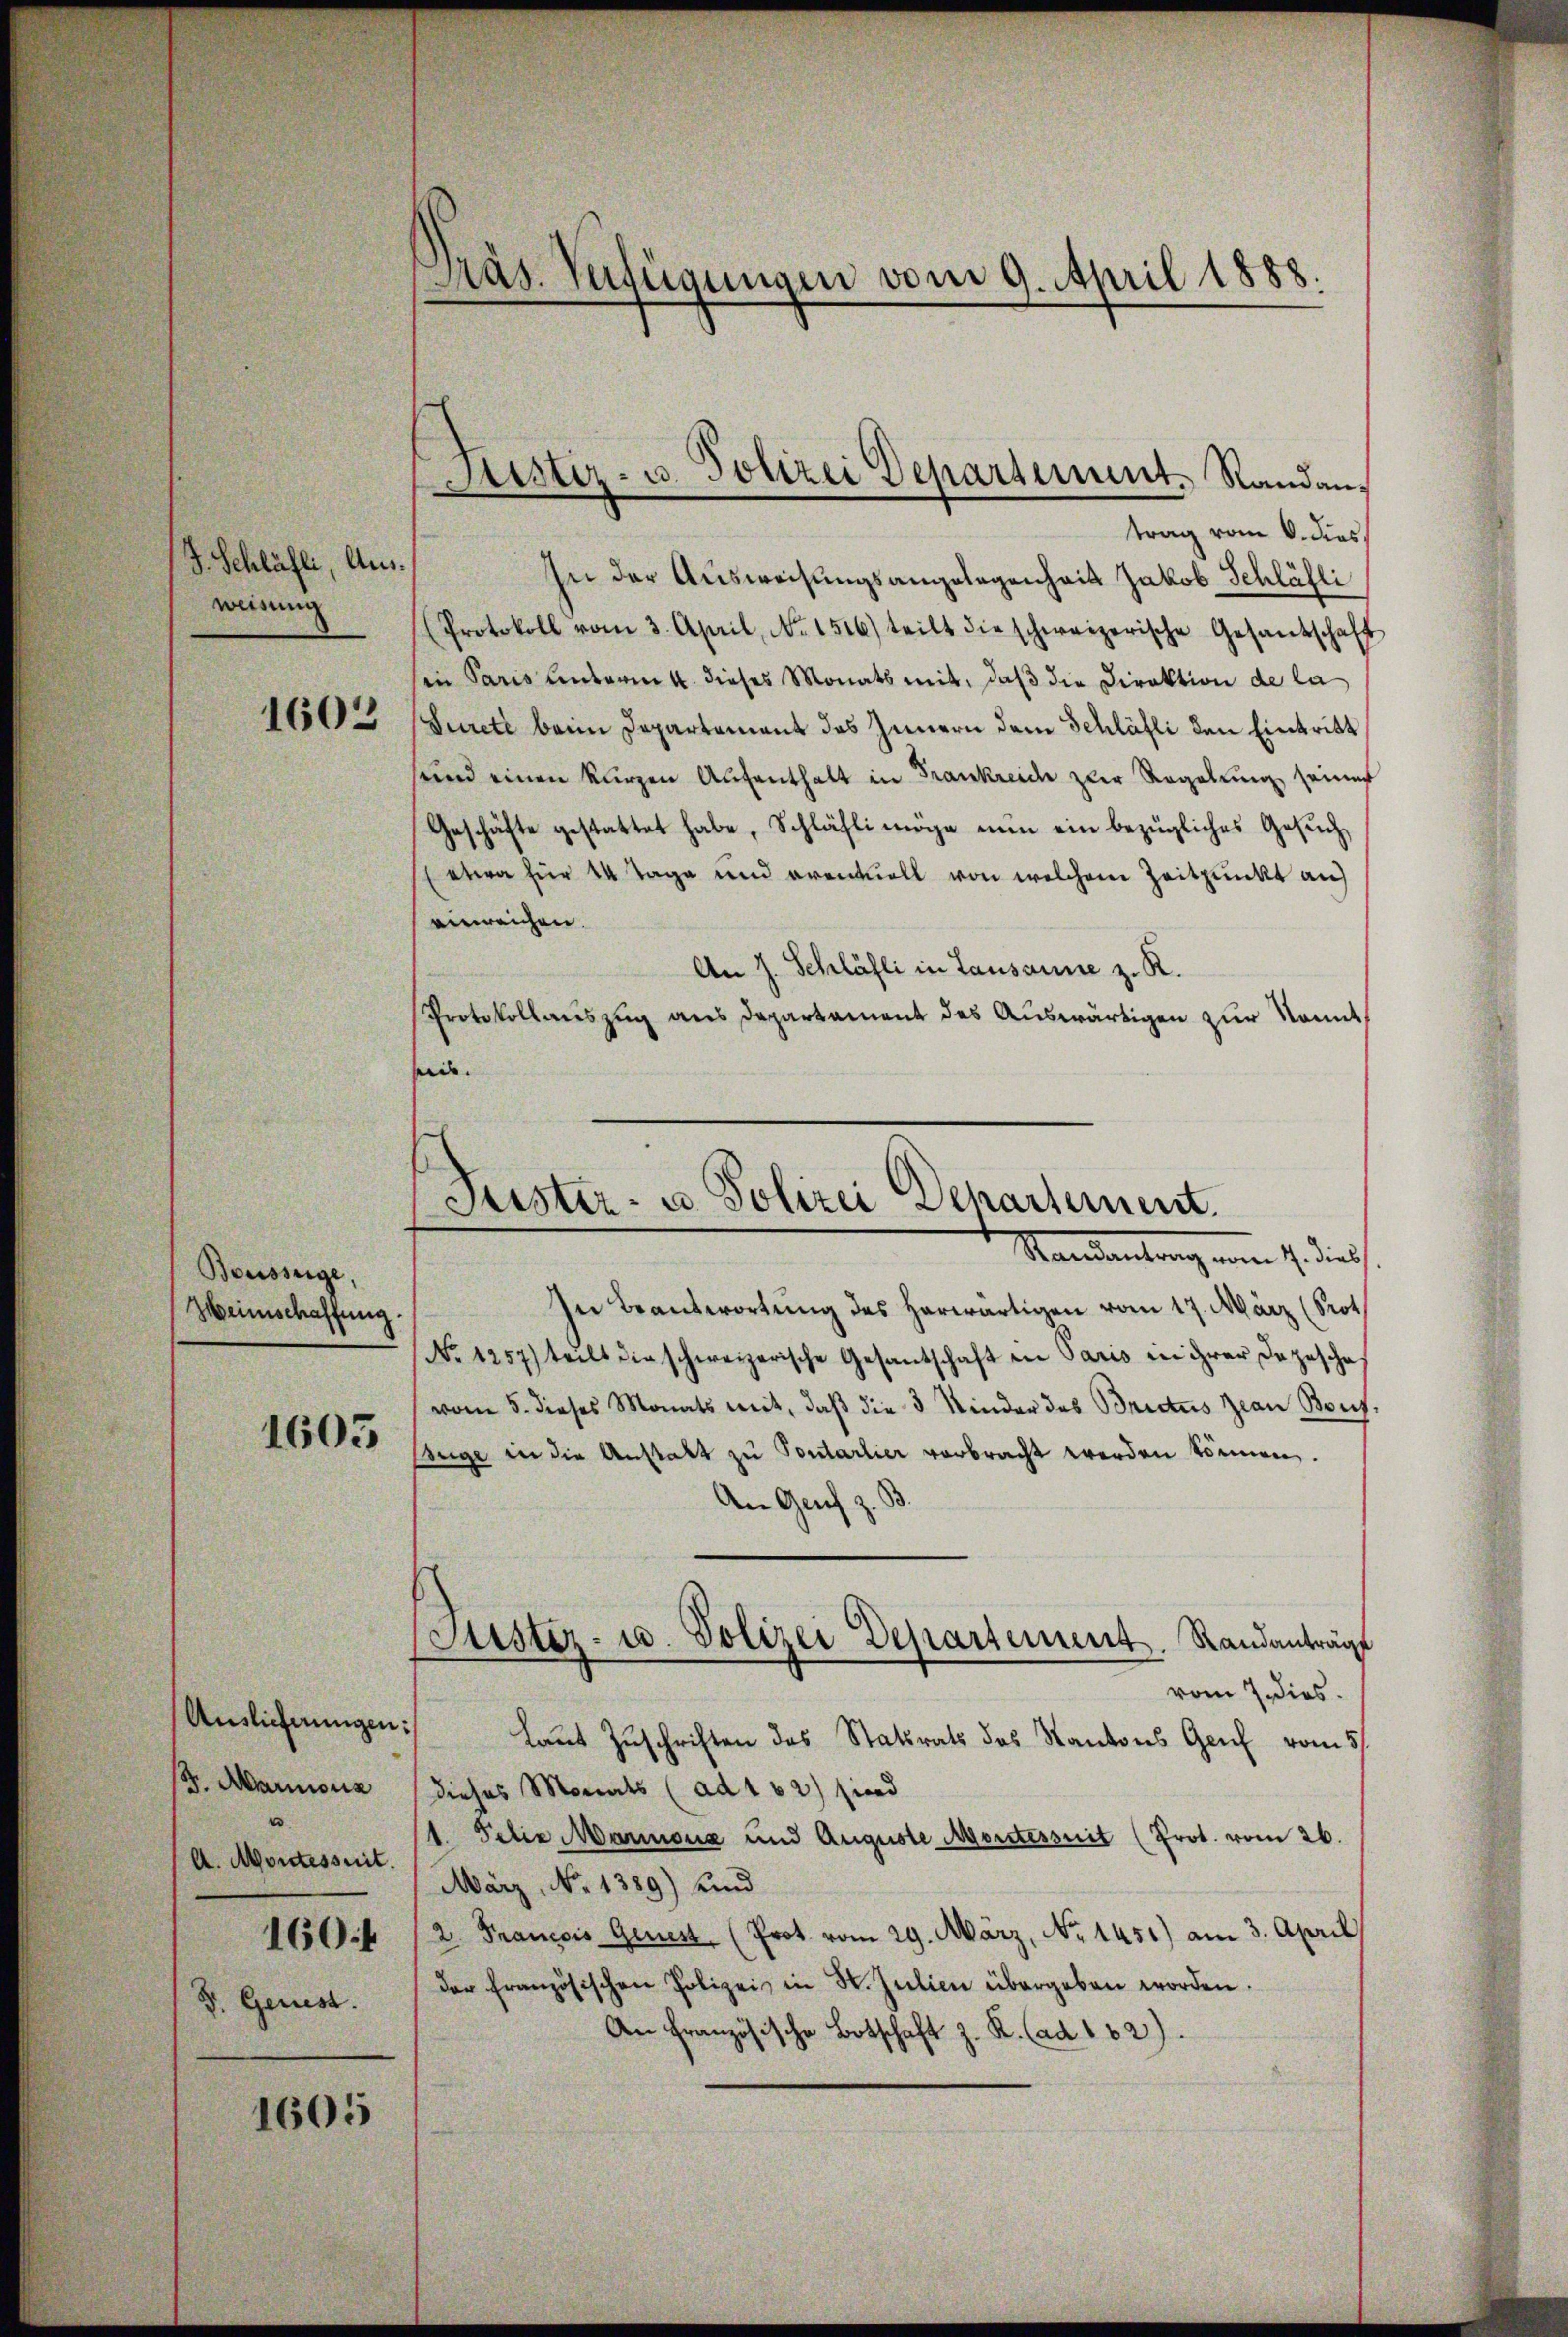
J. Schläfli, Ausweisung
1602

Bousseige,
Zweimschaffung.

1605

Auslieferungen:
B. Marmonia
A. Montessnit.
160 f
F. Geniest.

1605

Präs. Verfügungen vom 9. April 1888.

Justiz- u. Polizei Departement. Randantrag vom 6. dies

In der Ausweisungsangelegenheit Jakob Schläfli
Protokoll vom 3. April, No. 1516) teilt die schweizerische Gesandschaft
in Paris unterm 4. dieses Monats mit, daß die Direktion de la
(Surete beim Departement des Innern dem Schläfli den Eintritt
sund einen kurzen Aufenthalt in Frankreide zur Regelung seiner
Geschäfte gestattet habe, Schläfli möge nun ein bezügliches Gesŭch
(etwa für 14 Tage und eventuell von welchem Zeitpunkt auf
einreichen.
An J. Schläfli in Lausanne z. R.
Protokollauszug aus Departament des Auswärtigen zur kannt,
eid.

Puster- u Polizei Departement.
Standentrag vom 1. dies

Jüster- u. Polizei Departement. Randanträge
E

In Beantwortung des herwärtigen vom 17. März (Prot
No 1257) teilt die schweizerische Gesantschaft ein Paris in ihrer Depesche
vom 5. dieses Monats mit, daß die 3 Kinder des Brectus zwei Beug¬
Enge in die Anstalt zu Pontarlier verbracht werden können.
An Genf z. B.
vom 7. dies
laut Zuschriften des Statsrats des Kantons Genf vom 5.
dieses Monats (ad 162) sind
1. Petia Marmona und Auguste Moritesseit (Prot. vom 26.
März, No 1389) und
2. Francois Genest, (Prot. vom 29. März, No 1451) am 3. April
der französischen Polizei in St. Julien übergeben worden.
An Französische Botschaft z. R. (ad 102).